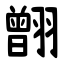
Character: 䎖